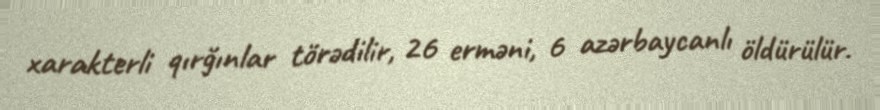
xarakterli qırğınlar törədilir, 26 erməni, 6 azərbaycanlı öldürülür.